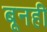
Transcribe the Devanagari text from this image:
बूनही